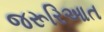
જરૂરિઆત